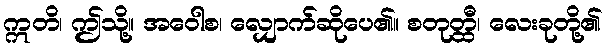
ဣတိ၊ ဤသို့။ အဝေါစ၊ လျှောက်ဆိုပေ၏။ စတုတ္ထီ၊ လေးခုတို့၏